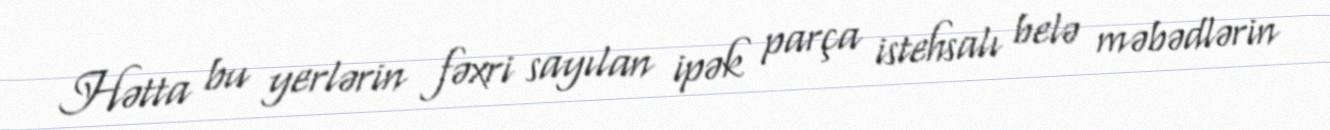
Hətta bu yerlərin fəxri sayılan ipək parça istehsalı belə məbədlərin